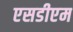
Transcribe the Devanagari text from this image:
एसडीएम